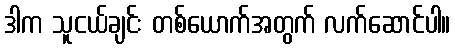
ဒါက သူငယ်ချင်း တစ်ယောက်အတွက် လက်ဆောင်ပါ။